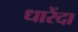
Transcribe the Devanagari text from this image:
धारेंदा